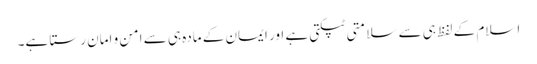
اسلام کے لفظ ہی سے سلامتی ٹپکتی ہے اور ایمان کے مادہ ہی سے امن و امان رستا ہے۔